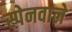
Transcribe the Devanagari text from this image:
स्पेनवाले